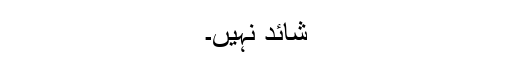
شائد نہیں۔